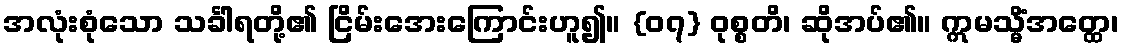
အလုံးစုံသော သင်္ခါရတို့၏ ငြိမ်းအေးကြောင်းဟူ၍။ {၀၇} ဝုစ္စတိ၊ ဆိုအပ်၏။ ဣမသ္မိံအတ္ထေ၊